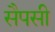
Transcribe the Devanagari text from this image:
सैपसी